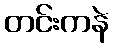
တင်းကနဲ